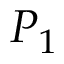
P _ { 1 }